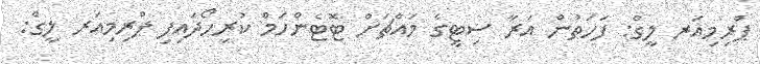
ޕްރިމިއަރ ލީގް: ފަހަތުން އަރާ ސިޓީގެ މައްޗަށް ޓޮޓެންހަމް ކުރިހޯދައިފި ޕްރިމިއަރ ލީގް: